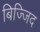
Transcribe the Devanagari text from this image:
बिज्जिद